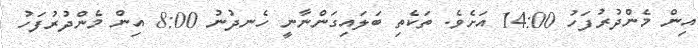
އިން މެންދުރުފަހު 14:00 އަށެވެ. ތަކެތި ބަލައިގަންނާނީ ހެނދުނު 8:00 އިން މެންދުރުފަހު